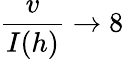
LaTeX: \frac{v}{I(h)}\to 8